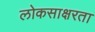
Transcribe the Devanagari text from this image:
लोकसाक्षरता